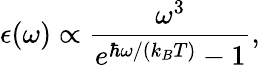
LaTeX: \epsilon(\omega)\propto\frac{\omega^{3}}{e^{\hbar\omega/(k_{B}T)}-1},